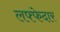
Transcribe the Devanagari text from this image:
लफ्फेदार